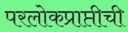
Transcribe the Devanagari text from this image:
परलोकप्राप्तीची